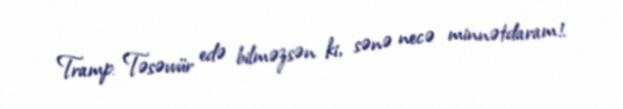
Tramp: Təsəvvür edə bilməzsən ki, sənə necə minnətdaram!.